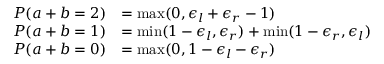
\begin{array} { r l } { P ( a + b = 2 ) } & { = \operatorname* { m a x } ( 0 , \epsilon _ { l } + \epsilon _ { r } - 1 ) } \\ { P ( a + b = 1 ) } & { = \operatorname* { m i n } ( 1 - \epsilon _ { l } , \epsilon _ { r } ) + \operatorname* { m i n } ( 1 - \epsilon _ { r } , \epsilon _ { l } ) } \\ { P ( a + b = 0 ) } & { = \operatorname* { m a x } ( 0 , 1 - \epsilon _ { l } - \epsilon _ { r } ) } \end{array}